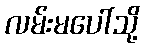
လမ်းမပေါ်သို့